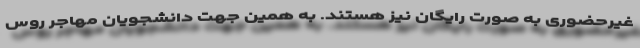
غیرحضوری به صورت رایگان نیز هستند. به همین جهت دانشجویان مهاجر روس